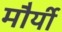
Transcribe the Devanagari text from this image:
मौर्यी